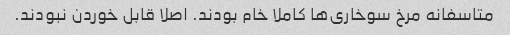
متاسفانه مرخ سوخاری‌ها کاملا خام بودند. اصلا قابل خوردن نبودند.